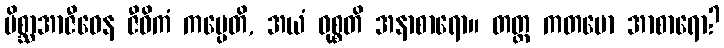
မိစ္ဆာအာဇီဝေန ဇီဝိကံ ကပ္ပေတိ, အယံ ဝုစ္စတိ အနာစာရော။ တတ္ထ ကတမော အာစာရော?